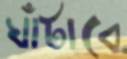
ঘাঁটাবে